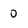
Character: 0